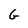
Character: G